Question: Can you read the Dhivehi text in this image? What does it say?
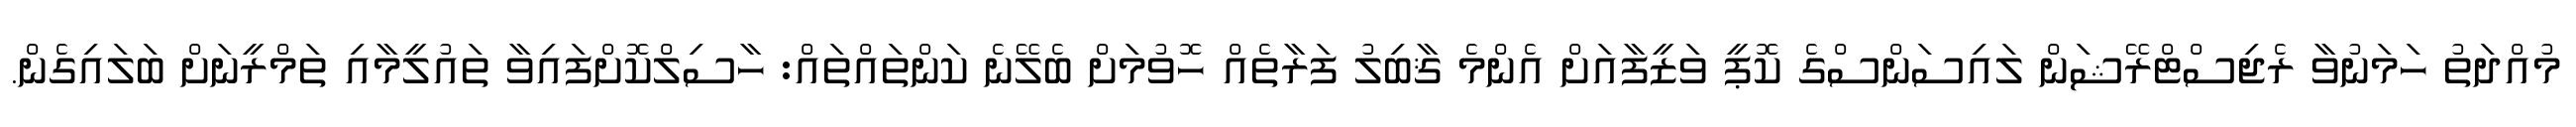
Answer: މުއްދަތު ހަމަނުވާ ރެޖިސްޓްރޭޝަން ލައިސަންސްގެ ކޮޕީ ވަޒީފާއަށް އެންމެ ޤާބިލު ފަރާތެއް ހޮވުމަށް ބެލޭނެ ކަންތައްތައް: ހާސިލްކޮށްފައިވާ ތައުލީމާއި ތަމްރީނަށް ބަލައިގެން.